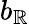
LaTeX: b_{\mathbb{R}}